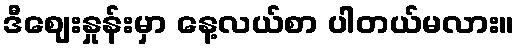
ဒီဈေးနှုန်းမှာ နေ့လယ်စာ ပါတယ်မလား။